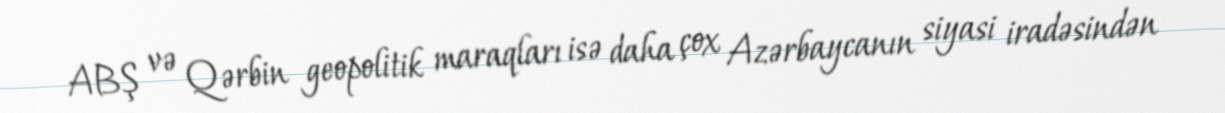
ABŞ və Qərbin geopolitik maraqları isə daha çox Azərbaycanın siyasi iradəsindən